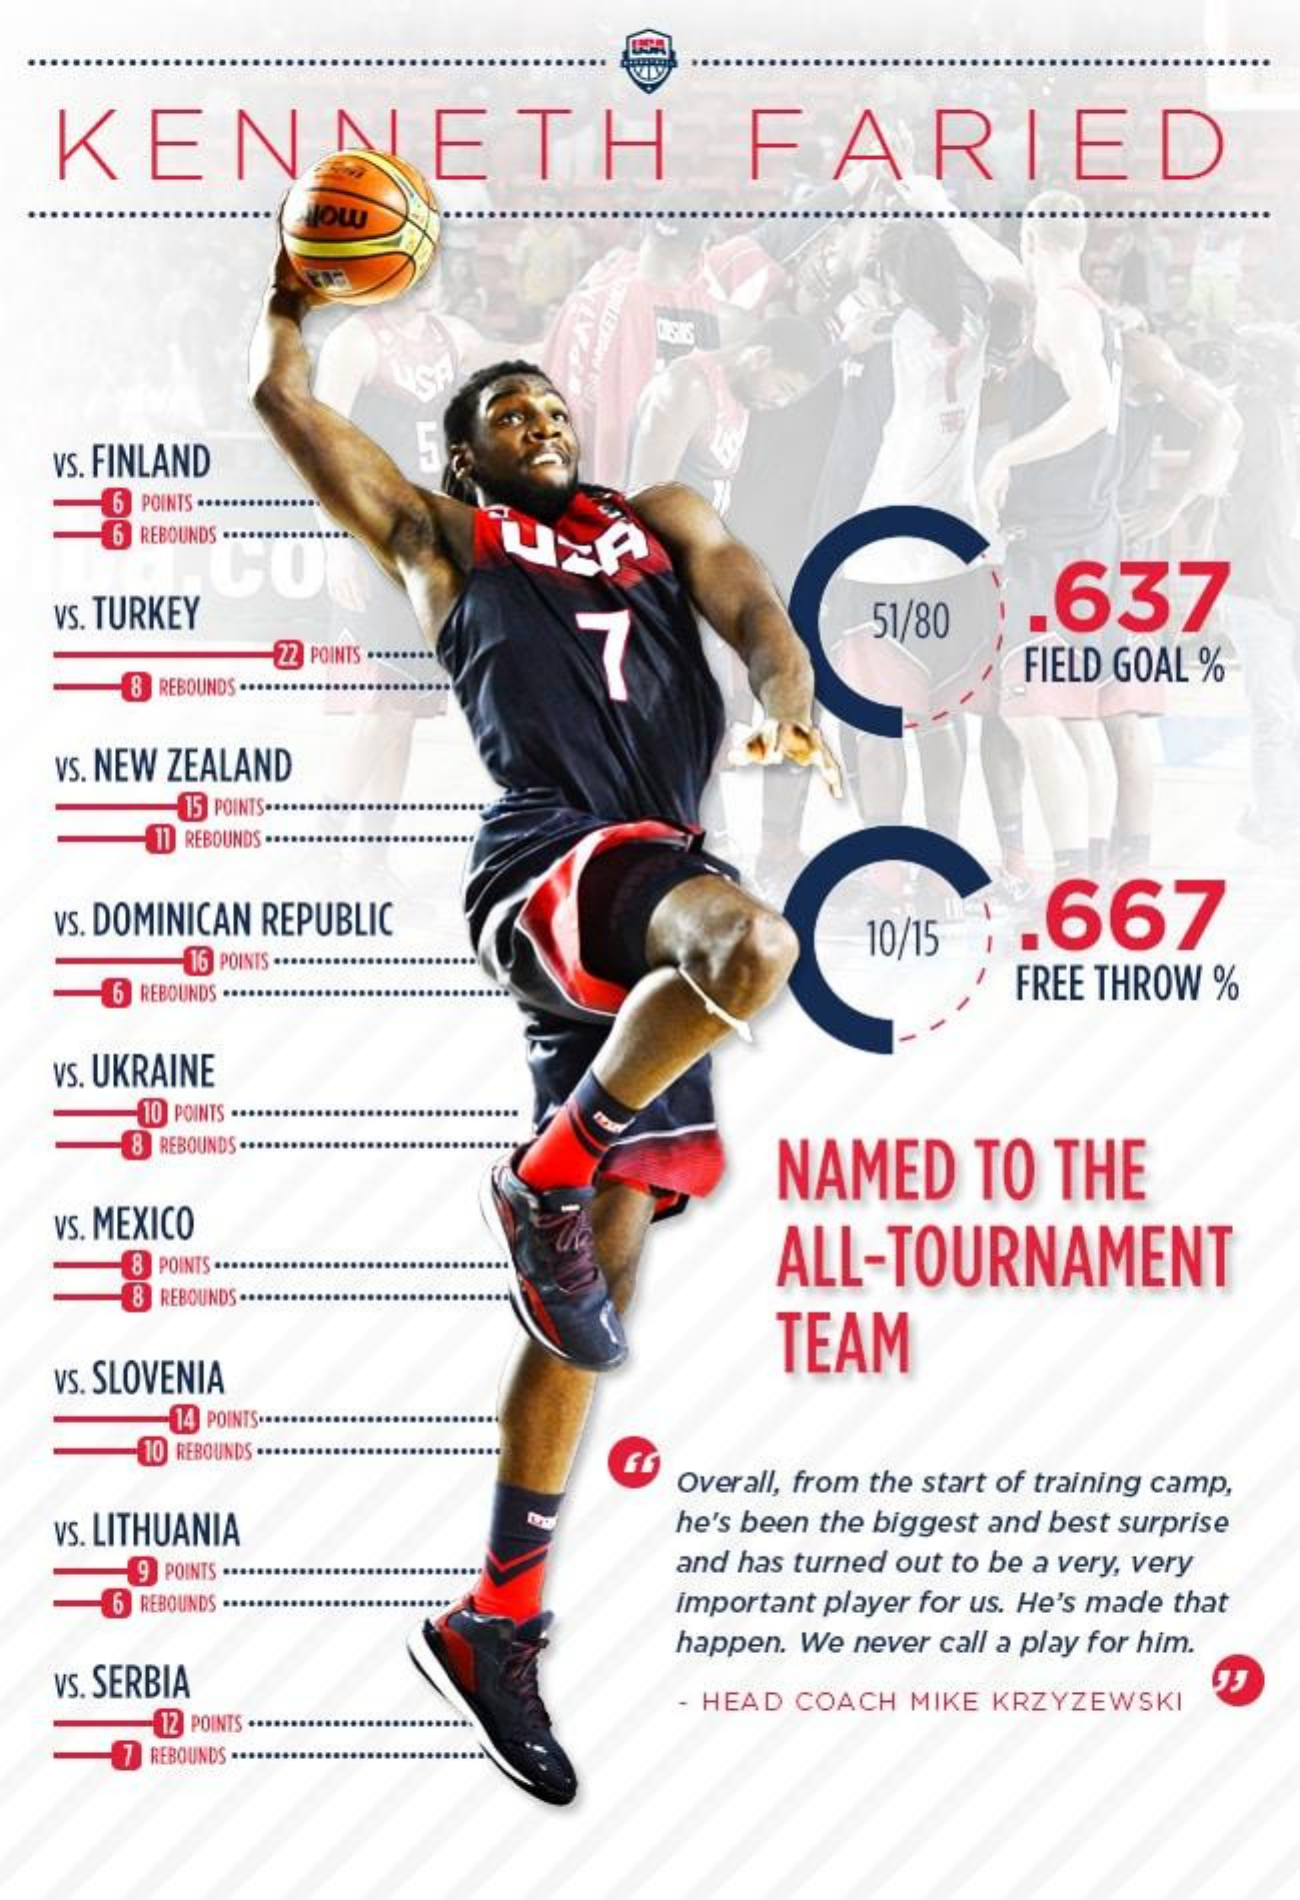
KENNETH    FARIED
     JOW
     USA
  VS. FINLAND
     POINTS .***
     6 REBOUNDS ..............
     CO
   VS. TURKEY
     22 POINTS ........ 7
     637
     FIELD GOAL %
     8 REBOUNDS .*******
   VS. NEW ZEALAND
     15 POINTS ...
     11 REBOUNDS ...
   VS. DOMINICAN REPUBLIC    667
     16 POINTS ....
     6 REBOUNDS .***
     FREE THROW %
  VS. UKRAINE
     10 POINTS .
     8 REBOUNDS ...
     NAMED  TO  THE
   VS. MEXICO
     -3 POINTS ...    ALL-TOURNAMENT
     REBOUNDS
     TEAM
   VS. SLOVENIA
     14 POINTS .****
     10 REBOUNDS ..
     Overall, from the start of training camp,
   VS. LITHUANIA    he's been the biggest and best surprise
     9 POINTS    and has turned out to be a very, very
     6 REBOUNDS ..    Important player for us. He's made that
     happen. We never call a play for him.
   VS. SERBIA
     12 POINTS
     - HEAD COACH MIKE KRZYZEWSKI
     REBOUNDS ...